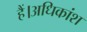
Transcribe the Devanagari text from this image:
हैं।अधिकांश